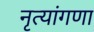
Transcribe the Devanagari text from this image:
नृत्यांगणा